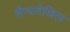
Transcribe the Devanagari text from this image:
सैन्यदेखिल